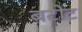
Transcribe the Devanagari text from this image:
बटोट